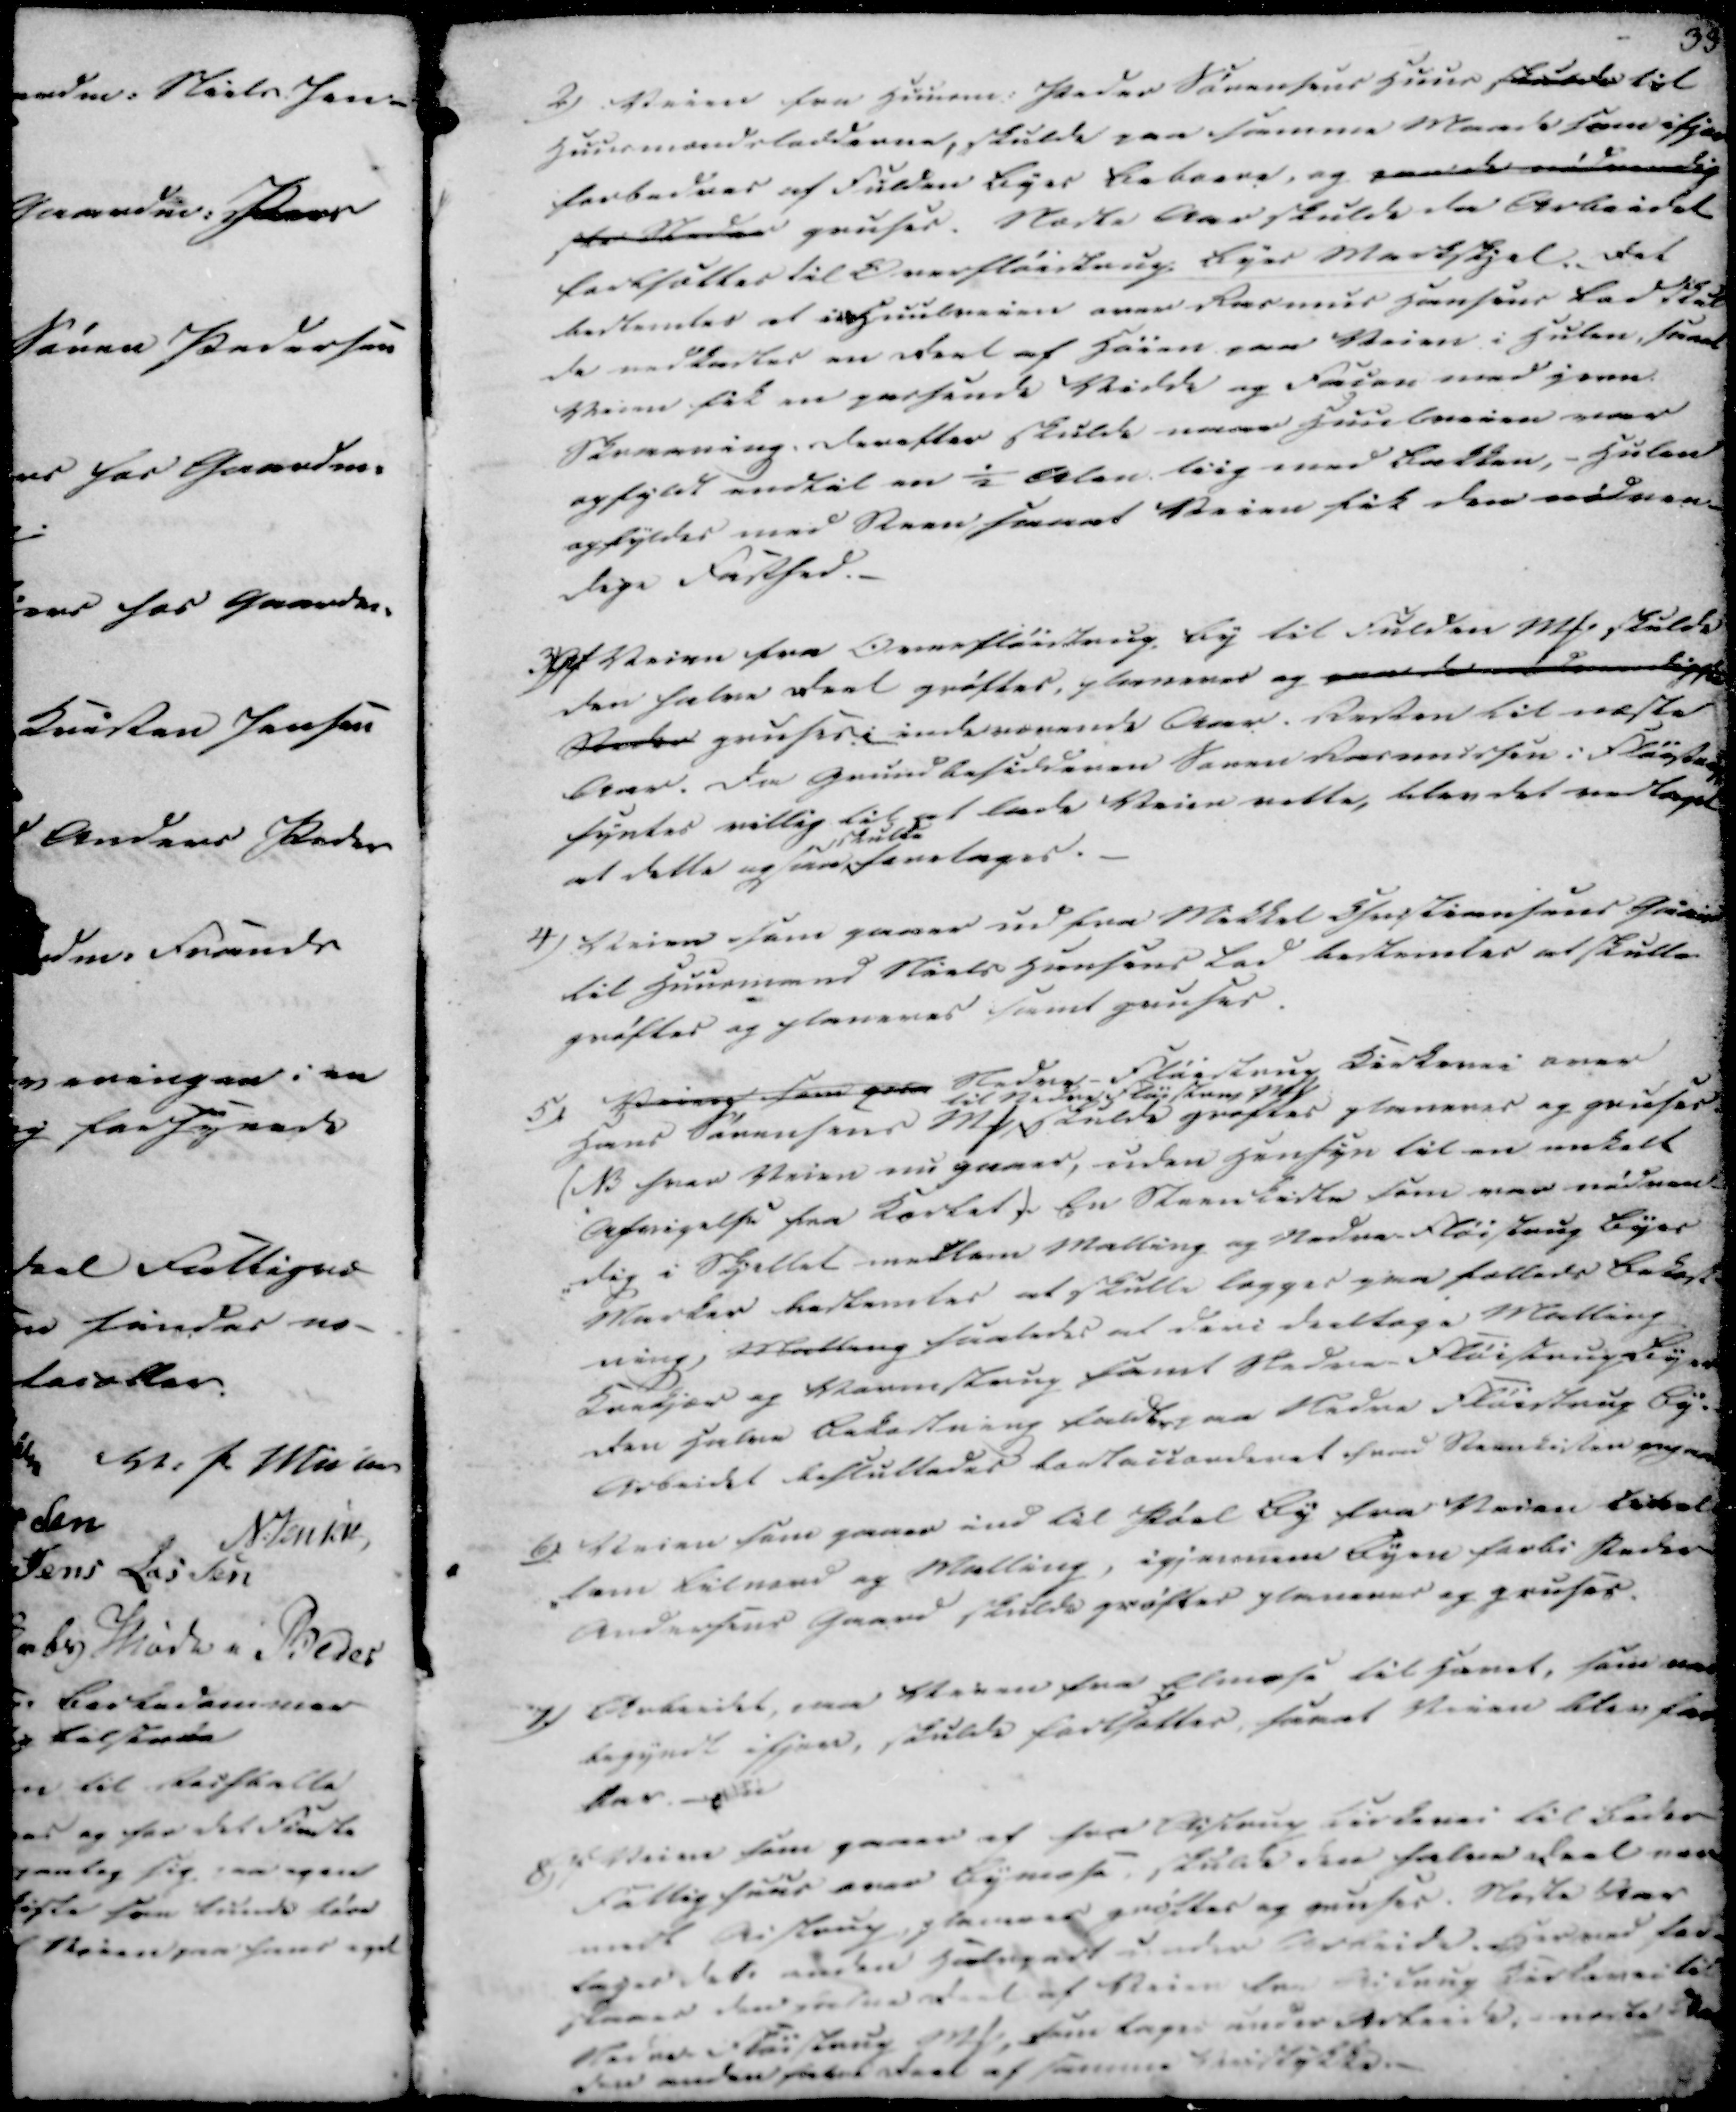
Transskription:
2)
Veien fra Huusm: Peder Sørensens Huus skulde til
Huusmandsledderne, skulde paa samme Maade som ifjor
forbedres af Fulden Byes Beboere, og paa de ...d...lig
ske Steder gruses. Næste Aar skulde da Arbeidet
fortsættes til Overfløistrup Byes Markskjel. Det
bestemtes at udHuusveien over Rasmus Hansens bodskab
de vedkaster en Deel af Høien paa Veien i Huten, forat
Veien fik en passende Vidde og Faien med jern
Skraaning derefter skulde naae Huulveien veer
opfyldt endtil en ½ Alen liig med bakken, - Hulen
opfyldes med Steen saa at Veien fik den nødven-
dige Fasthed.

3)
Af Veien fra Overfløistrup By til Fulden MP. skulde
den halve deel grøftes, planeres og paa d... d... ligge
Steder gruses i indeværende Aar. Resten til næste
Aar. Da Grundbesidderen Søren Rasmussen i Fløistrup
syntes villig til at lade Veien rette, blev det vedtaget
at dette og skulde saa foretages.

4)
Veien som gaaer udfra Mikkel Christiansens Gaard
til Huusmand Niels Hansens Lod bestemtes at skulle
grøftes og planeres samt gruses.

5)
Veien som paa Nedre-Fløistrup Kirkevei over
Hans Sørensens MP til Nedre Fløistrups MP skulde grøftes planeres og gruses.
(NB hvor Veien nu gaaer, uden Hensyn til en enkelt
Afvigelse fra Kortet). En Steenkiste som var nødven-
-dig i Skjellet medlem Malling og Nedre-Fløistrup Byes
Marker bestemtes at skulle lægges paa fælleds bekost-
ning, Malling saaledes at deri deeltage Malling
Krekjær og Vormstrup samt Nedre Fløistrup Byer
Den Halve Bekostning faldt paa Nedre Fløistrup By.
Arbeidet besluttedes tostauanderet som Steenkisten nyer.

6)
Veien som gaaer ind til Pøel By fra Veien tilat
-som Rilnend og Malling, igjennem Byen forbi Peder
Andersens Gaard skulde grøftes planeres og gruses.

7)
Arbeidet paa Veien fra Elmose til Havet, som var
begyndt ifjor, skulde fortsættes, forat Veien blev far
bar.

8)
Veien som gaaer af fra Aistrup Kirkevei til Beder
Fattig huus over Bymose, skulde den halve deel være
medt Aistrup planeres grøftes og gruses. Næste Aar
tages det enden Hudegart under Arbejde. Hermed for-
staaes der saaledende... af Veien fra Aistrup Kirkevei til
Nedre Fløistrup MP, som tages under Arbejde næste ...
den anden halv deel af samme Veistykke.